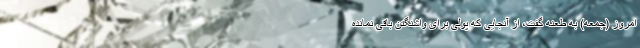
امروز (جمعه) به طعنه گفت، از آنجایی که پولی برای واشنگتن باقی نمانده